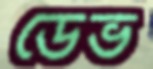
ডেভ